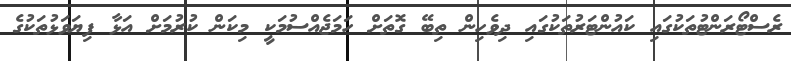
ރެސްޓޯރަންޓުތަކުގައި ކައުންޓަރުތަކުގައި ދިވެހިން ތިބޭ ގޮތަށް ހަމަޖެއްސުމަކީ މިކަން ކުރުމަށް އަޅާ ފިޔަވަޅުތަކުގެ